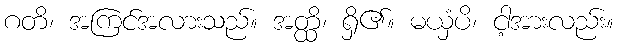
ဂတိ၊ အကြင်အလားသည်။ အတ္ထိ၊ ရှိ၏။ မယှံပိ၊ ငါ့အားလည်း။